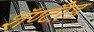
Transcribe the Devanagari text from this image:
शॅण्टॅऱेड